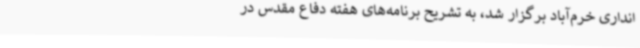
انداری خرم‌آباد برگزار شد، به تشریح برنامه‌های هفته دفاع مقدس در